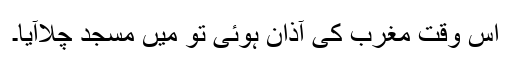
اس وقت مغرب کی آذان ہوئی تو میں مسجد چلاآیا۔